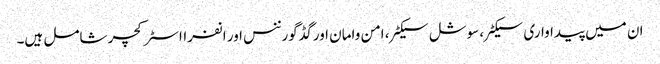
ان میں پیداواری سیکٹر، سوشل سیکٹر، امن وامان اور گڈ گورننس اور انفرااسٹرکچر شامل ہیں۔